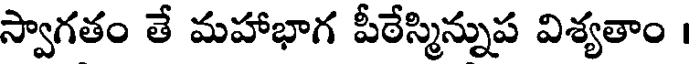
స్వాగతం తే మహాభాగ పీఠేస్మిన్నుప విశ్యతాం ।